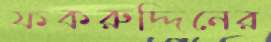
ফকরুদ্দিনের